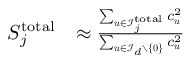
\begin{array} { r l } { S _ { j } ^ { \mathrm { t o t a l } } } & { \approx \frac { \sum _ { { \boldsymbol { u } } \in { \mathcal { I } } _ { j } ^ { \mathrm { t o t a l } } } c _ { \boldsymbol { u } } ^ { 2 } } { \sum _ { { \boldsymbol { u } } \in { \mathcal { I } } _ { d } \setminus \{ { \boldsymbol { 0 } } \} } c _ { \boldsymbol { u } } ^ { 2 } } } \end{array}